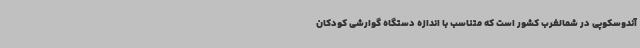
آندوسکوپی در شمالغرب کشور است که متناسب با اندازه دستگاه گوارشی کودکان